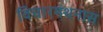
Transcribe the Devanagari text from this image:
विचारमंथनास